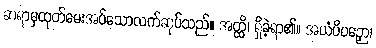
ဆရာမှထုတ်မေးအပ်သောလက်ဆုပ်သည်။ အတ္ထိ၊ ရှိခဲ့ရာ၏။ အယံပိပဉှော၊